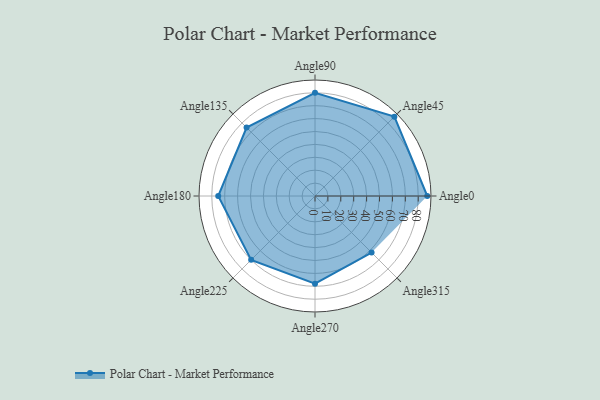
{"axis": {"x": "Angle", "y": "Radius"}, "legend": [""], "data": [{"x": "Angle0", "y": 87.0, "type": ""}, {"x": "Angle45", "y": 87.0, "type": ""}, {"x": "Angle90", "y": 80.0, "type": ""}, {"x": "Angle135", "y": 75.0, "type": ""}, {"x": "Angle180", "y": 75.0, "type": ""}, {"x": "Angle225", "y": 70.0, "type": ""}, {"x": "Angle270", "y": 68.0, "type": ""}, {"x": "Angle315", "y": 62.0, "type": ""}]}